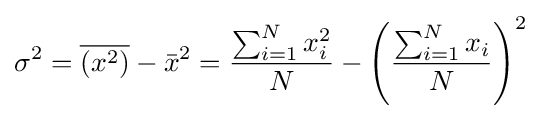
\sigma ^{2}={\overline {(x^{2})}}-{\bar {x}}^{2}={\frac {\sum _{i=1}^{N}x_{i}^{2}}{N}}-\left({\frac {\sum _{i=1}^{N}x_{i}}{N}}\right)^{2}